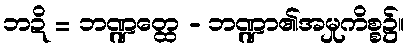
ဘဍိ = ဘဏ္ဍတ္ထေ - ဘဏ္ဍာ၏အမှုကိစ္စ၌။